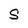
Character: S